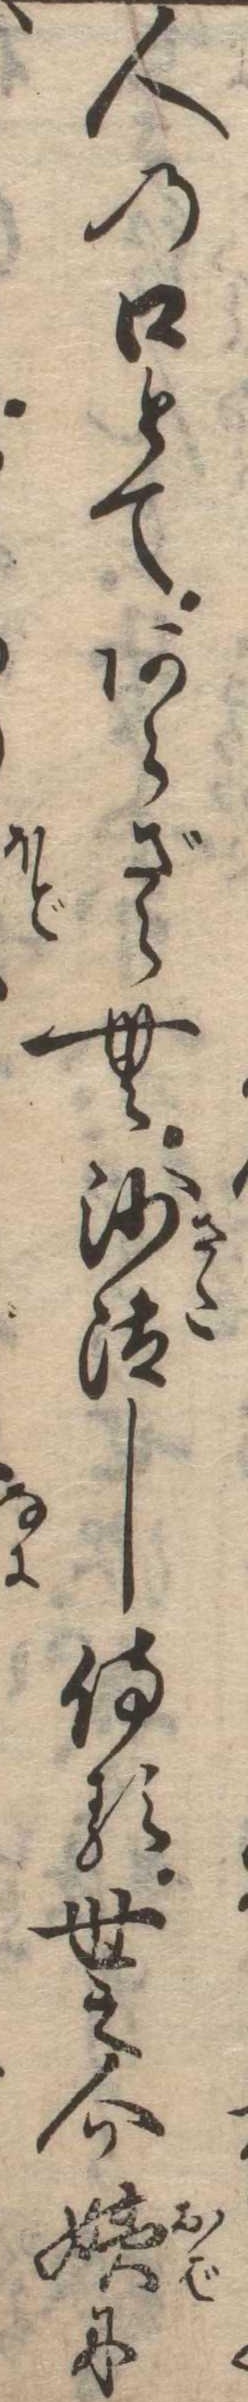
人の口とてあらざらむ沙汰し侍る世之介姨に